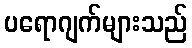
ပရောဂျက်များသည်